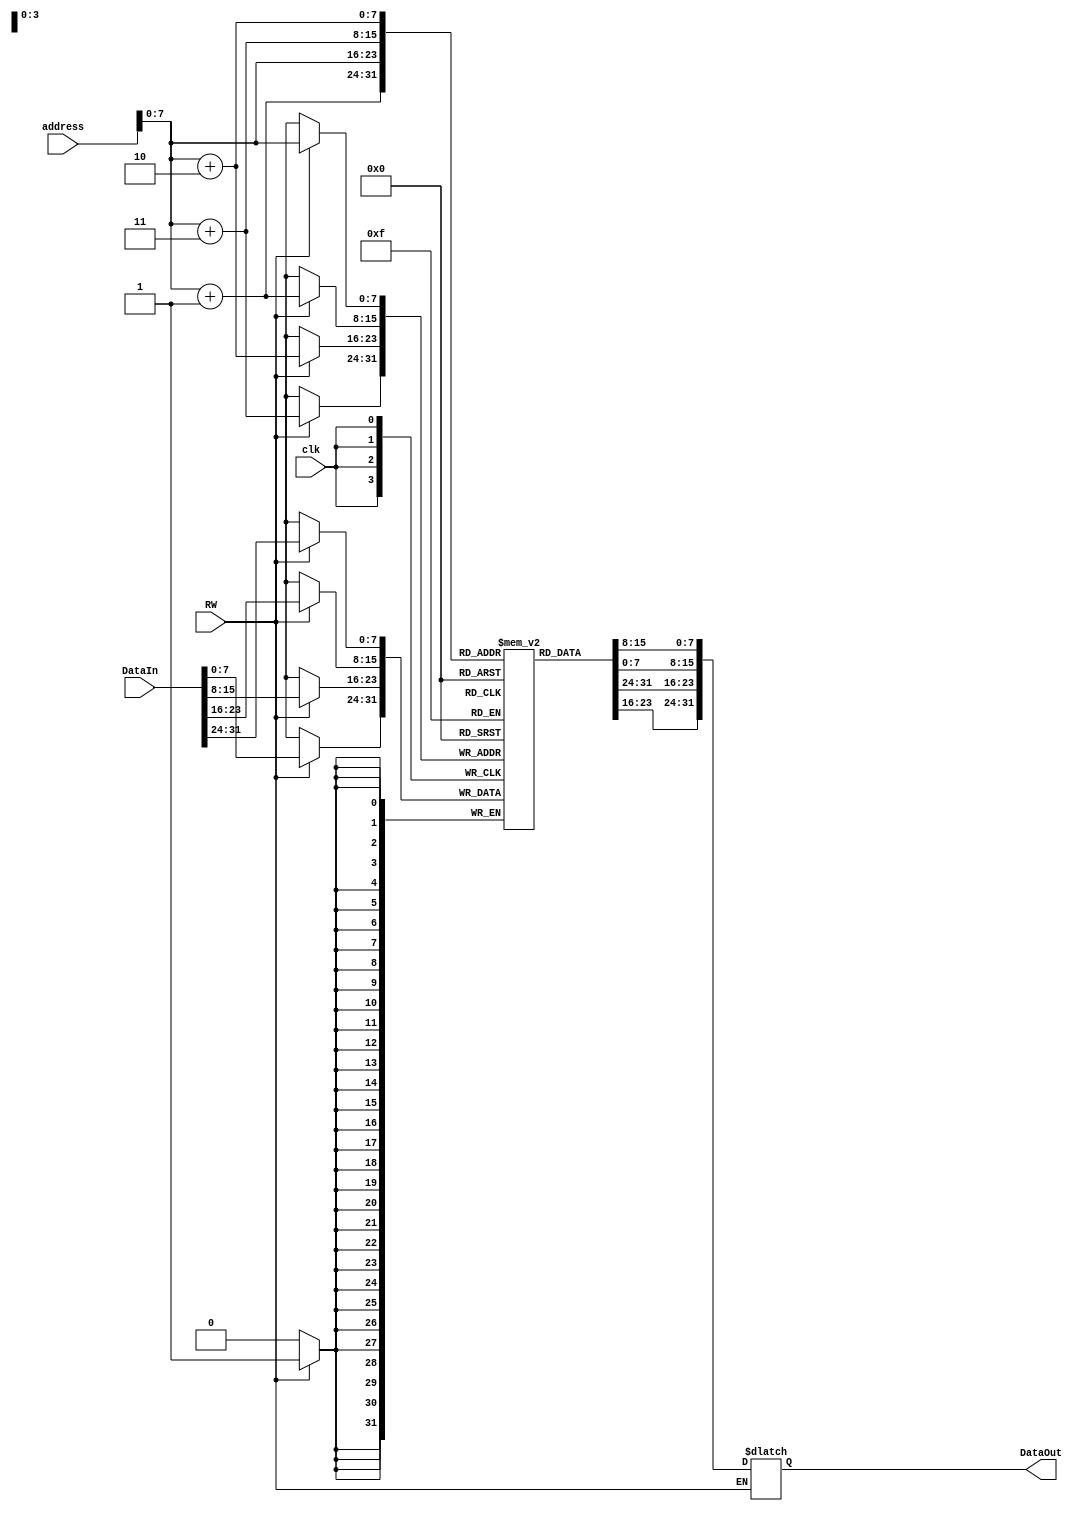
`timescale 1ns / 1ps
//////////////////////////////////////////////////////////////////////////////////
// Company:
// Engineer:
//
// Design Name:
// Module Name:    DataRam
// Project Name:
// Target Devices:
// Tool versions:
// Description:
//
// Dependencies:
//
// Revision:
// Revision 0.01 - File Created
// Additional Comments:
//
//////////////////////////////////////////////////////////////////////////////////
// DataIn  address  RW : 1 write; :0 read
module DataRam(
   input [31:0] address,       // 
   input [31:0] DataIn,        // 
   input RW,                   // 
   input clk,
	 output reg[31:0] DataOut        // 
   );

	reg [7:0] memory [0:255];
  integer i;
  initial begin
    for (i = 0; i < 256; i = i + 1) memory[i] <= 32'b0;
  end

  always @(address or DataIn or RW) begin
    if (RW == 0)
        DataOut = {memory[address], memory[address + 1],
                 memory[address + 2], memory[address + 3]};
    end
	always @(negedge clk) begin
			if (RW == 1) begin
        memory[address] <= DataIn[31:24];
  			memory[address + 1] <= DataIn[23:16];
  			memory[address + 2] <= DataIn[15:8];
  			memory[address + 3] <= DataIn[7:0];
			end
	end
endmodule